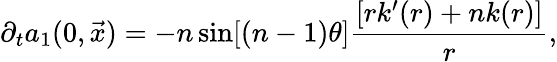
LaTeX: \partial_{t}a_{1}(0,\vec{x})=-n\sin[(n-1)\theta]\frac{[rk^{\prime}(r)+nk(r)]}{r},